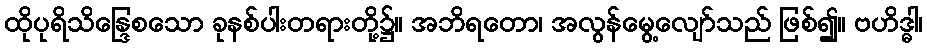
ထိုပုရိသိန္ဒြေစသော ခုနစ်ပါးတရားတို့၌။ အဘိရတော၊ အလွန်မွေ့လျော်သည် ဖြစ်၍။ ဗဟိဒ္ဓါ၊